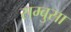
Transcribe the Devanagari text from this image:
सम्बुसा